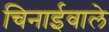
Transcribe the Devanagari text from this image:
चिनाईवाले